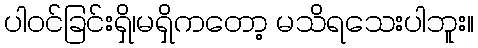
ပါဝင်ခြင်းရှိ၊မရှိကတော့ မသိရသေးပါဘူး။